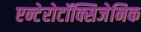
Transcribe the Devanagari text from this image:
एन्टेरोटॉक्सिजेनिक